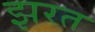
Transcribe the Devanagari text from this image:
झरत